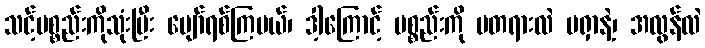
သင့်ပစ္စည်းကိုသုံးပြီး ပျော်ရစ်ကြမယ်၊ ဒါ့ကြောင့် ပစ္စည်းကို မတရားလဲ မရှာနဲ့၊ အလွန်လဲ